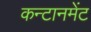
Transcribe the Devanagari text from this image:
कन्टानमेंट